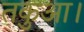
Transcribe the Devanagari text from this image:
तकुआ।